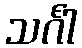
သင်္ဂါ